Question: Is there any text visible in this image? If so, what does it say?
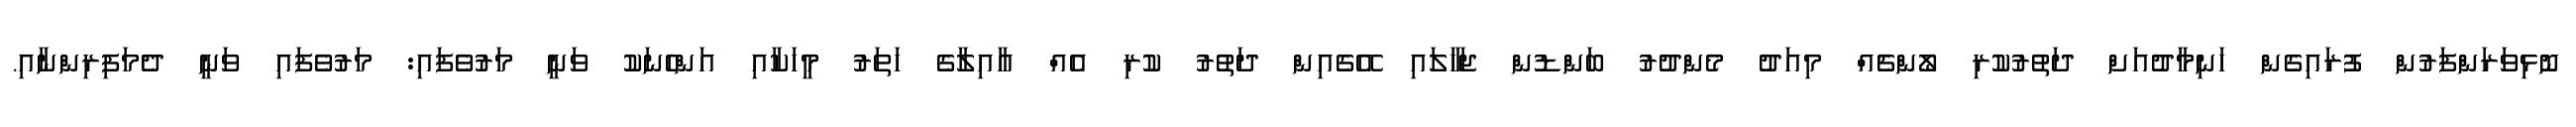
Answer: ނޮޅިވަރަންފަރުން ފުރައިގެން ހަނިމާދުއަށް ދަތުރުކުރި ލޯންޗެއް މިއަދު މެންދުރު ބަންޑުން ޖަހާލައި އޭގެއިން ދަތުރު ކުރި އެއް އާއިލާގެ ހަތަރު މީހަކާއި އަންހެނަކު ވަނީ މަރުވެފައި: މަރުވެފައި ވަނީ ދެމަފިރިންނާއި.